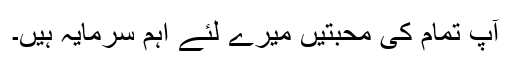
آپ تمام کی محبتیں میرے لئے اہم سرمایہ ہیں۔